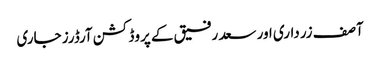
آصف زرداری اور سعد رفیق کے پروڈکشن آرڈرز جاری